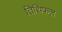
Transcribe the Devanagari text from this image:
तिथिफल